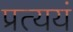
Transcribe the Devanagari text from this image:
प्रत्ययं